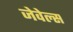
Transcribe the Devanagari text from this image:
जेवेल्स